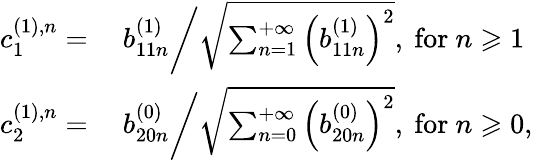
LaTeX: \begin{array}{rl}{c_{1}^{(1),n}=}&{\ b_{11n}^{(1)}\bigg/\sqrt{\sum_{n=1}^{+\infty}\left(b_{11n}^{(1)}\right)^{2}},\mathrm{~for~}n\geqslant 1}\\ {c_{2}^{(1),n}=}&{\ b_{20n}^{(0)}\bigg/\sqrt{\sum_{n=0}^{+\infty}\left(b_{20n}^{(0)}\right)^{2}},\mathrm{~for~}n\geqslant 0,}\end{array}